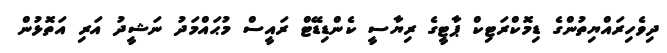
ދިވެހިރައްޔިތުންގެ ޑިމޮކްރަޓިކް ޕާޓީގެ ރިޔާސީ ކެންޑިޑޭޓް ރައީސް މުޙައްމަދު ނަޝީދު އަރި އަތޮޅުން